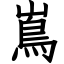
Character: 嶌